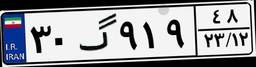
۳۰گ۹۱۹۴۸